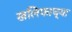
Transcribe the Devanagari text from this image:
खलिफाच्या